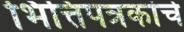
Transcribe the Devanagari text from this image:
भित्तिपत्रकांचे